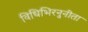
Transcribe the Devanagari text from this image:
विधिभिरनुनीता